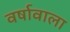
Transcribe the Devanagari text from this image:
वर्षावाला